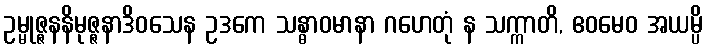
ဥမ္မုဇ္ဇနနိမုဇ္ဇနာဒိဝသေန ဥဒကေ သန္ဓာဝမာနာ ဂဟေတုံ န သက္ကာတိ, ဧဝမေဝ အယမ္ပိ